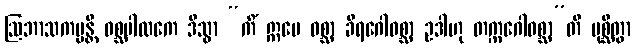
ဩဘာသကမ္မန္တိ ဝစ္ဆပါလကေ ဒိသွာ “ကိံ ဣမေ ဝစ္ဆာ ခီရဂေါဝစ္ဆာ ဥဒါဟု တက္ကဂေါဝစ္ဆာ”တိ ပုစ္ဆိတွာ